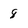
Character: 8